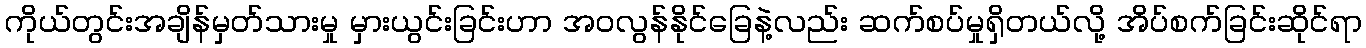
ကိုယ်တွင်းအချိန်မှတ်သားမှု မှားယွင်းခြင်းဟာ အဝလွန်နိုင်ခြေနဲ့လည်း ဆက်စပ်မှုရှိတယ်လို့ အိပ်စက်ခြင်းဆိုင်ရာ